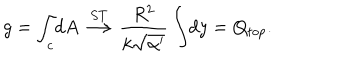
g = \int _ { c } \! d A \stackrel { S T } { \longrightarrow } \frac { R ^ { 2 } } { k \sqrt { \alpha ^ { \prime } } } \int \! d y = Q _ { t o p } .